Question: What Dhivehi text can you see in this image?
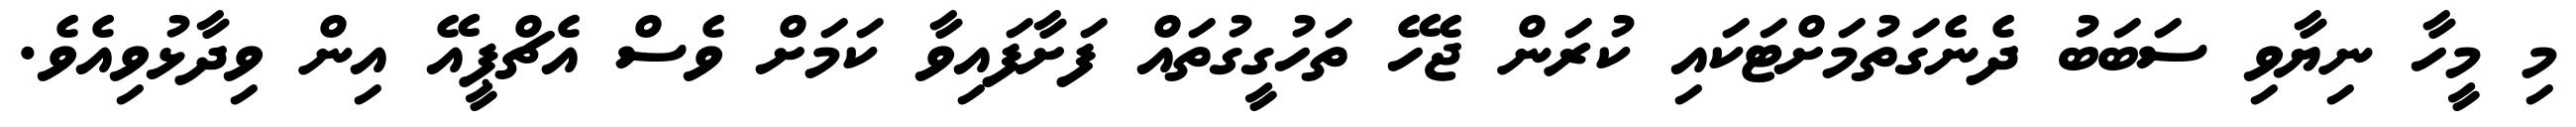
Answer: މި މީހާ ނިޔާވި ސަބަބު ދެނެގަތުމަށްޓަކައި ކުރަން ޖެހޭ ތަހުގީގުތައް ފަށާފައިވާ ކަމަށް ވެސް އެޗްޕީއޭ އިން ވިދާޅުވިއެވެ.